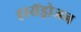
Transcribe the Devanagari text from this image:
हायॅड्रोजन